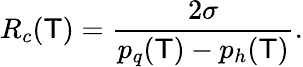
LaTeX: R_{c}(\mathsf{T})={\frac{{2\sigma}}{{p_{q}(\mathsf{T})-p_{h}(\mathsf{T})}}}.